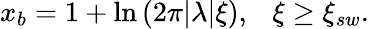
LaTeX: \begin{array}{r}{x_{b}=1+\mathrm{ln}\left(2\pi|\lambda|\xi\right),~~~\xi\geq\xi_{sw}.}\end{array}